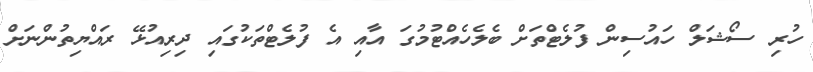
ހުރި ސޯޝަލް ހައުސިން ފުލެޓްތަށް ބެލެހެއްޓުމުގަަ އާއި އެ ފުލެޓްތަކުގައި ދިރިއުޅޭ ރައްޔިތުންނަށް